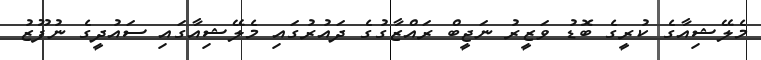
މެލޭޝިއާގެ ކުރީގެ ބޮޑު ވަޒީރު ނަޖީބް ރައްޒާގުގެ ދައުުރުގައިި މެލޭޝިއާގައި ސައުދީގެ ނުފޫޒު